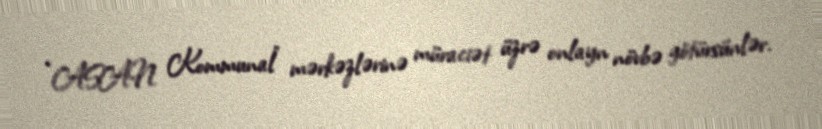
“ASAN Kommunal” mərkəzlərinə müraciət üzrə onlayn növbə götürsünlər.